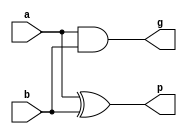
//generate and propagete block
module gandp(g,p,a,b);
input a,b;
output g,p;
xor(p,a,b);
and(g,a,b);
endmodule
// end of generate and propagate

//declaring a universal grey cell
module greycell(g,g_kj,p_ik,g_ik);
input g_kj,p_ik,g_ik;
output g;
wire w1;

and(w1,g_kj,p_ik);
or(g,w1,g_ik);
endmodule
//end of universal grey cell


// declaring a universal black cell 
module blackcell(g,p,p_kj,g_kj,p_ik,g_ik);
input p_kj,g_kj,p_ik,g_ik;
output g,p;
wire w1;

and(w1,g_kj,p_ik);
or(g,w1,g_ik);
and(p,p_ik,p_kj);
endmodule
//end of universal black cell

module koggstone8(s,co,a,b,ci);
input [7:0] a,b;
input ci;
output co;
output [7:0] s;

wire [7:0] g,p;
wire gc_s1_g;
wire [1:0] gc_s2_g;
wire [3:0] gc_s3_g;
wire [6:0] bc_s1_g,bc_s1_p;
wire [4:0] bc_s2_g,bc_s2_p;
wire bc_s3_g,bc_s3_p;


// generating g and p for input bits
gandp gp0(g[0],p[0],a[0],b[0]);
gandp gp1(g[1],p[1],a[1],b[1]);
gandp gp2(g[2],p[2],a[2],b[2]);
gandp gp3(g[3],p[3],a[3],b[3]);
gandp gp4(g[4],p[4],a[4],b[4]);
gandp gp5(g[5],p[5],a[5],b[5]);
gandp gp6(g[6],p[6],a[6],b[6]);
gandp gp7(g[7],p[7],a[7],b[7]);


// using grey and black cells and grey cells to generate co

//stage 1
greycell gc0(gc_s1_g,ci,p[0],g[0]);
blackcell bc0(bc_s1_g[0],bc_s1_p[0],p[0],g[0],p[1],g[1]);
blackcell bc1(bc_s1_g[1],bc_s1_p[1],p[1],g[1],p[2],g[2]);
blackcell bc2(bc_s1_g[2],bc_s1_p[2],p[2],g[2],p[3],g[3]);
blackcell bc3(bc_s1_g[3],bc_s1_p[3],p[3],g[3],p[4],g[4]);
blackcell bc4(bc_s1_g[4],bc_s1_p[4],p[4],g[4],p[5],g[5]);
blackcell bc5(bc_s1_g[5],bc_s1_p[5],p[5],g[5],p[6],g[6]);
blackcell bc6(bc_s1_g[6],bc_s1_p[6],p[6],g[6],p[7],g[7]);

// stage 2

greycell gc1(gc_s2_g[0],ci,bc_s1_p[0],bc_s1_g[0]);
greycell gc2(gc_s2_g[1],gc_s1_g,bc_s1_p[1],bc_s1_g[1]);
blackcell bc7(bc_s2_g[0],bc_s2_p[0],bc_s1_p[0],bc_s1_g[0],bc_s1_p[2],bc_s1_g[2]);
blackcell bc8(bc_s2_g[1],bc_s2_p[1],bc_s1_p[1],bc_s1_g[1],bc_s1_p[3],bc_s1_g[3]);
blackcell bc9(bc_s2_g[2],bc_s2_p[2],bc_s1_p[2],bc_s1_g[2],bc_s1_p[4],bc_s1_g[4]);
blackcell bc10(bc_s2_g[3],bc_s2_p[3],bc_s1_p[3],bc_s1_g[3],bc_s1_p[5],bc_s1_g[5]);
blackcell bc11(bc_s2_g[4],bc_s2_p[4],bc_s1_p[4],bc_s1_g[4],bc_s1_p[6],bc_s1_g[6]);

//stage 3
greycell gc3(gc_s3_g[0],ci,bc_s2_p[0],bc_s2_g[0]);
greycell gc4(gc_s3_g[1],gc_s1_g,bc_s2_p[1],bc_s2_g[1]);
greycell gc5(gc_s3_g[2],gc_s2_g[0],bc_s2_p[2],bc_s2_g[2]);
greycell gc6(gc_s3_g[3],gc_s2_g[1],bc_s2_p[3],bc_s2_g[3]);
blackcell bc12(bc_s3_g,bc_s3_p,bc_s2_p[0],bc_s2_g[0],bc_s2_p[4],bc_s2_g[4]);


// carry out
greycell gc7(co,ci,bc_s3_p,bc_s3_g);

// sum
xor x0(s[0],ci,p[0]);
xor x1(s[1],gc_s1_g,p[1]);
xor x2(s[2],gc_s2_g[0],p[2]);
xor x3(s[3],gc_s2_g[1],p[3]);
xor x4(s[4],gc_s3_g[0],p[4]);
xor x5(s[5],gc_s3_g[1],p[5]);
xor x6(s[6],gc_s3_g[2],p[6]);
xor x7(s[7],gc_s3_g[3],p[7]);

endmodule

//koggstone adder 32bit adder with 4 8bit koggstone adder modules
module koggstone32(s,co,a,b,ci);
input [31:0] a,b;
input ci;
output co;
output [31:0] s;

koggstone8 ks0(s[7:0],c8,a[7:0],b[7:0],ci);
koggstone8 ks1(s[15:8],c16,a[15:8],b[15:8],c8);
koggstone8 ks2(s[23:16],c24,a[23:16],b[23:16],c16);
koggstone8 ks3(s[31:24],co,a[31:24],b[31:24],c24);
endmodule